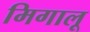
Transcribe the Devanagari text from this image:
मिगालू